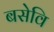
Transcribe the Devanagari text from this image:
बसेवि